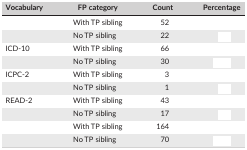
<table><thead><tr><td><b>Vocabulary</b></td><td><b>FP category</b></td><td><b>Count</b></td><td><b>Percentage</b></td></tr></thead><tbody><tr><td>[EMPTY_CELL]</td><td>With TP sibling</td><td>52</td><td>[EMPTY_CELL]</td></tr><tr><td>[EMPTY_CELL]</td><td>No TP sibling</td><td>22</td><td>[EMPTY_CELL]</td></tr><tr><td>ICD‐10</td><td>With TP sibling</td><td>66</td><td>[EMPTY_CELL]</td></tr><tr><td>[EMPTY_CELL]</td><td>No TP sibling</td><td>30</td><td>[EMPTY_CELL]</td></tr><tr><td>ICPC‐2</td><td>With TP sibling</td><td>3</td><td>[EMPTY_CELL]</td></tr><tr><td>[EMPTY_CELL]</td><td>No TP sibling</td><td>1</td><td>[EMPTY_CELL]</td></tr><tr><td>READ‐2</td><td>With TP sibling</td><td>43</td><td>[EMPTY_CELL]</td></tr><tr><td>[EMPTY_CELL]</td><td>No TP sibling</td><td>17</td><td>[EMPTY_CELL]</td></tr><tr><td>[EMPTY_CELL]</td><td>With TP sibling</td><td>164</td><td>[EMPTY_CELL]</td></tr><tr><td>[EMPTY_CELL]</td><td>No TP sibling</td><td>70</td><td>[EMPTY_CELL]</td></tr></tbody></table>